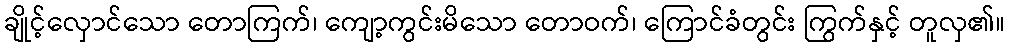
ချိုင့်လှောင်သော တောကြက်၊ ကျော့ကွင်းမိသော တောဝက်၊ ကြောင်ခံတွင်း ကြွက်နှင့် တူလှ၏။